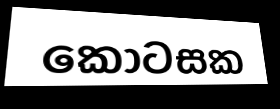
කොටසක